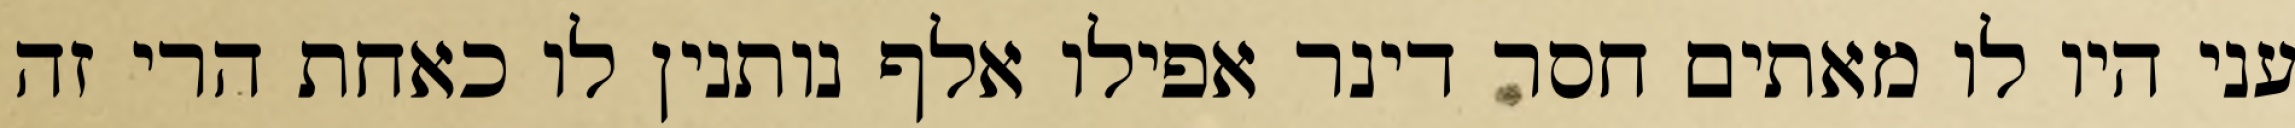
עני היו לו מאתים חסר דינר אפילו אלף נותנין לו כאחת הרי זה